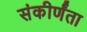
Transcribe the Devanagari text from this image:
संकीर्णंता